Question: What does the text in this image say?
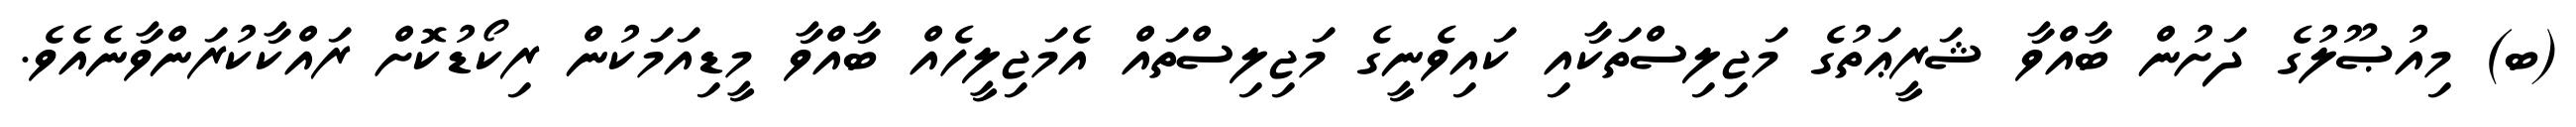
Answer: (ބ) މިއުޞޫލުގެ ދަށުން ބާއްވާ ޝަރީޢަތުގެ މަޖިލިސްތަކާއި ކައިވެނީގެ މަޖިލިސްތައް އެމަޖިލީހެއް ބާއްވާ މީޑިއަމަކުން ރިކޯޑުކޮށް ރައްކާކުރަންވާނެއެވެ.